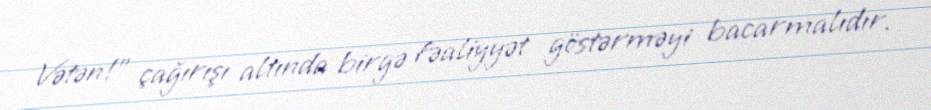
Vətən!” çağırışı altında birgə fəaliyyət göstərməyi bacarmalıdır.